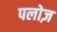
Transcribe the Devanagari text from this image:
पलोज़